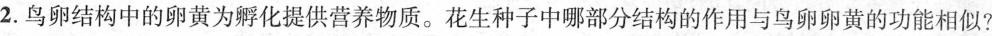
2.鸟卵结构中的卵黄为孵化提供营养物质。花生种子中哪部分结构的作用与鸟卵卵黄的功能相似?